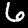
Digit: 6